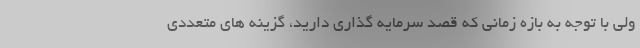
ولی با توجه به بازه زمانی که قصد سرمایه گذاری دارید، گزینه های متعددی